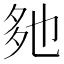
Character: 𡖐